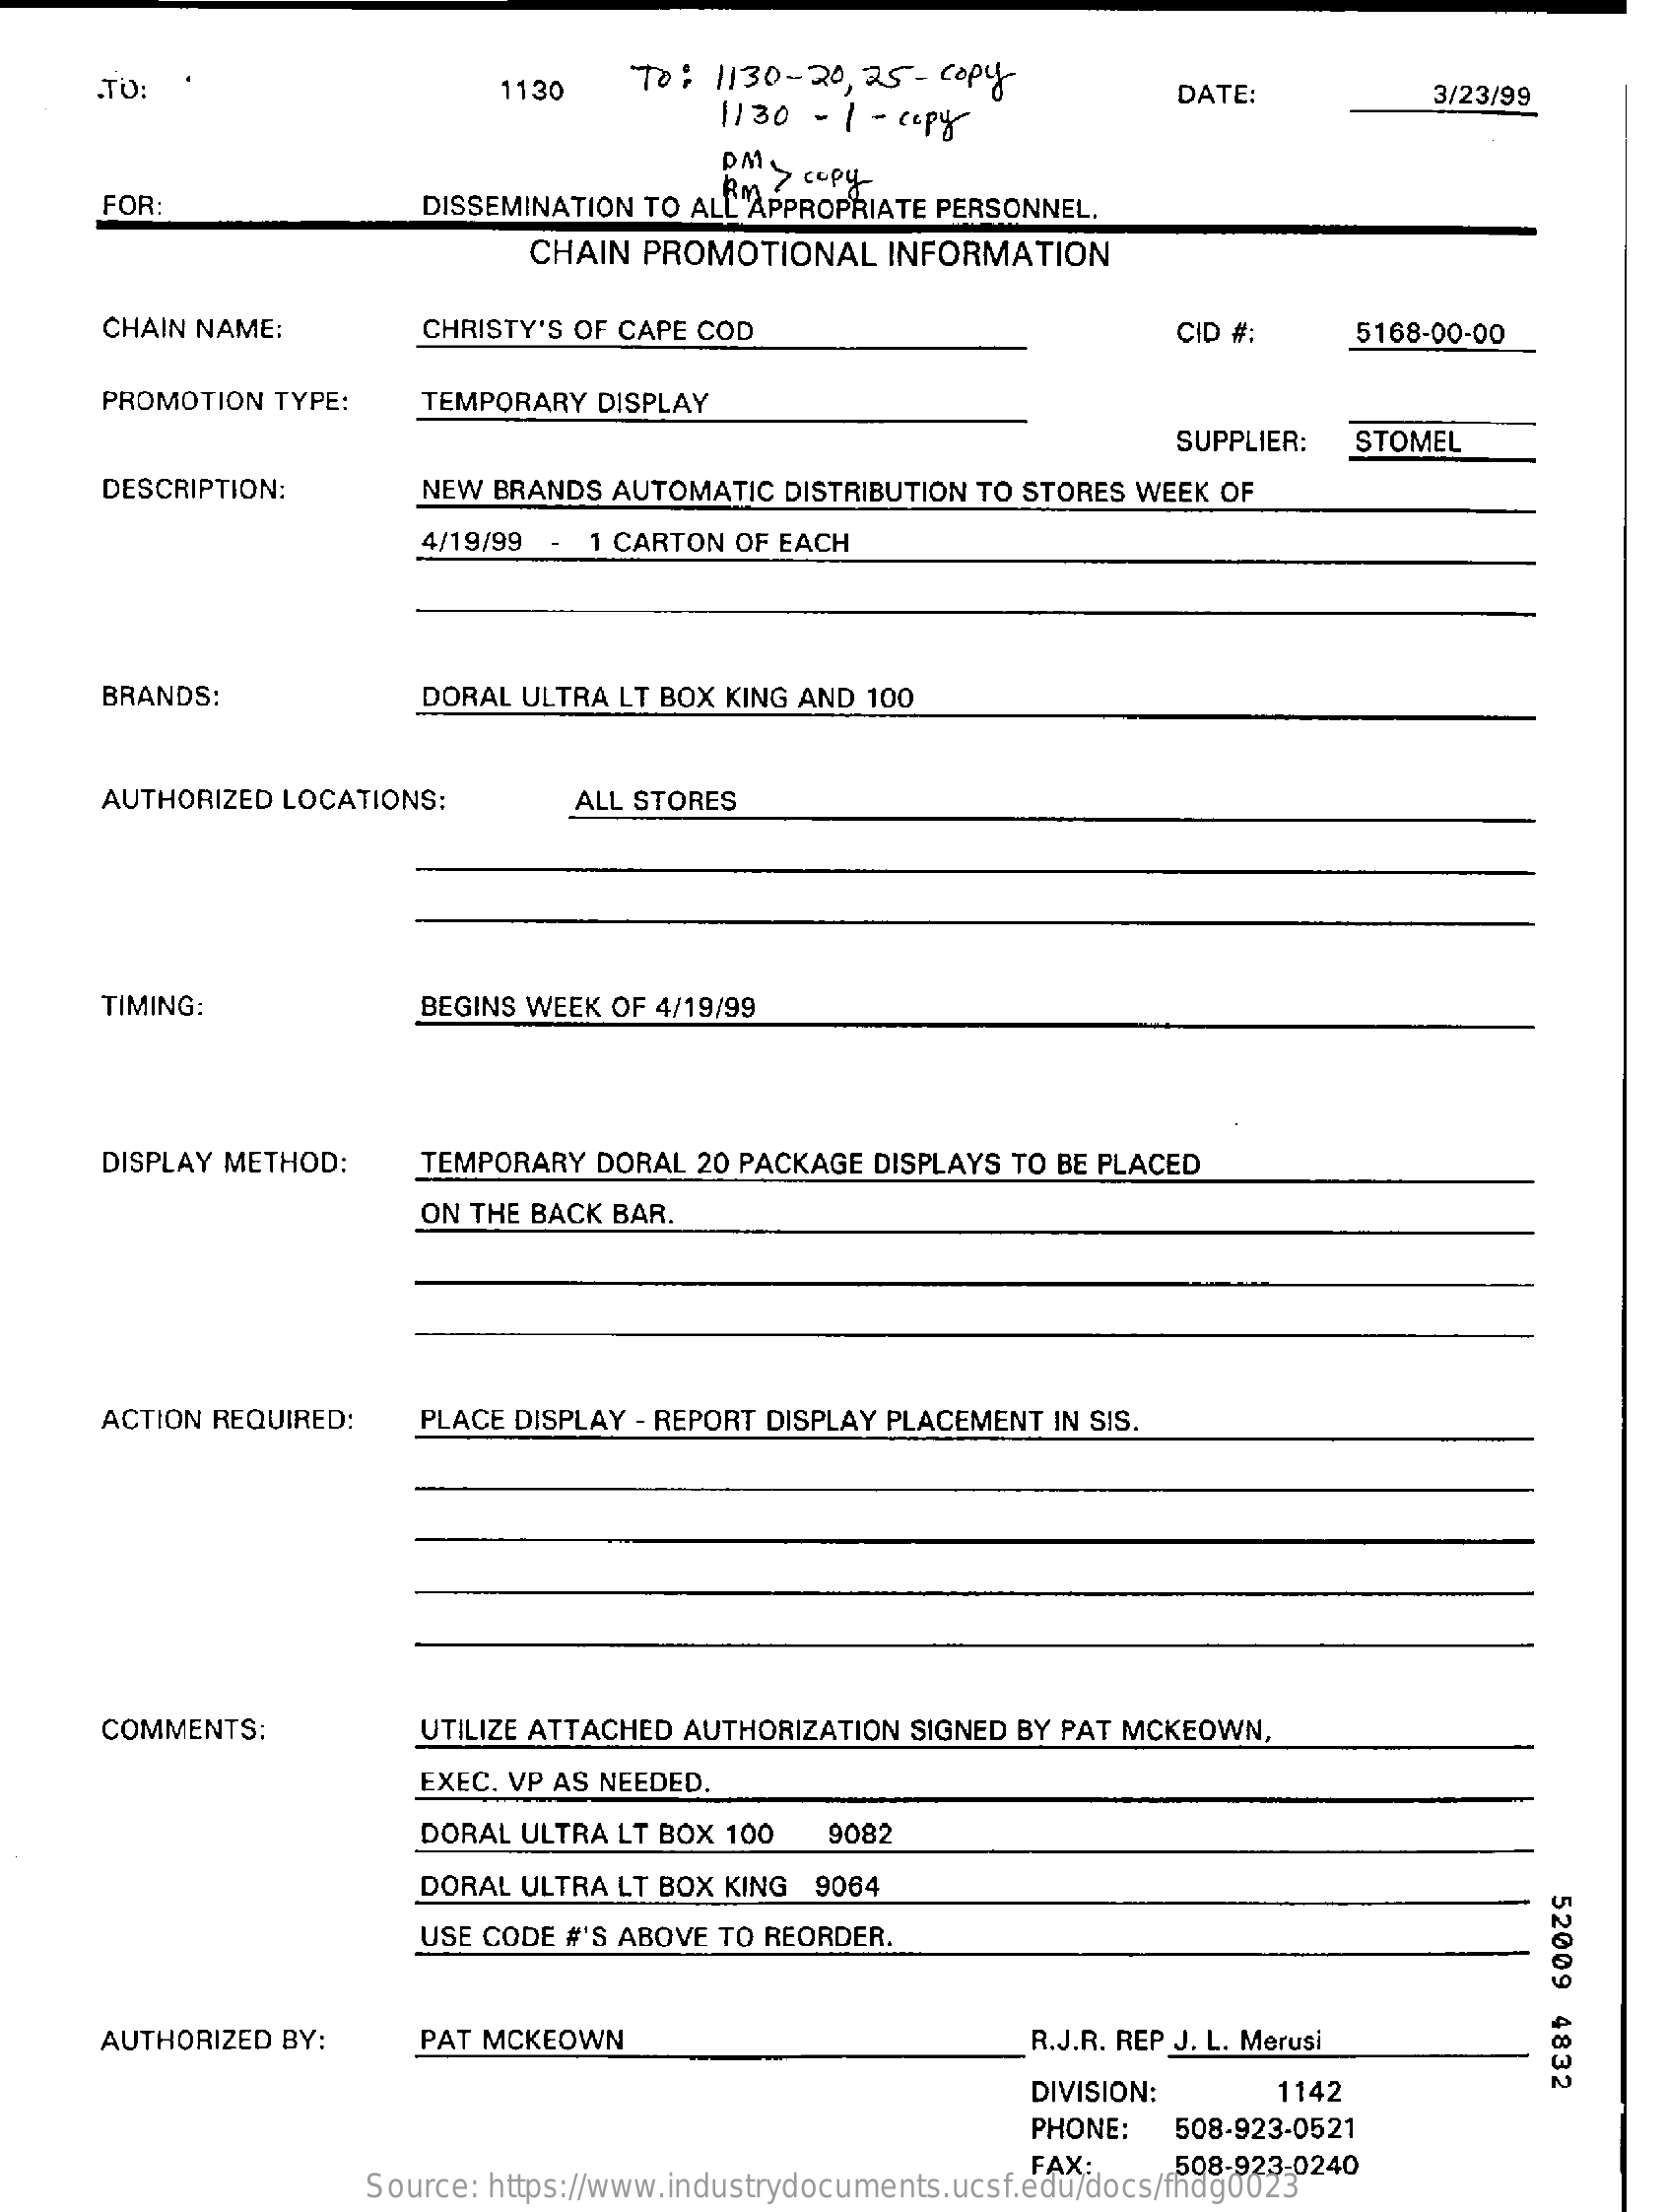
.TO:    1130    TO:  1130-20,  25- copy
     1130 - 1 - cpy
     DATE:    3/23/99
     DAS  Co
     DISSEMINATION TO ALL APPROPRIATE PERSONNEL.
     " ? copy-
     FOR
     CHAIN  PROMOTIONAL    INFORMATION
     CHAIN NAME:    CHRISTY'S OF CAPE COD    CID #:    5168-00-00
     PROMOTION  TYPE:    TEMPORARY  DISPLAY
     SUPPLIER:  STOMEL
     DESCRIPTION:    NEW BRANDS  AUTOMATIC  DISTRIBUTION TO STORES WEEK OF
     4/19/99 - 1 CARTON  OF EACH
     BRANDS:    DORAL ULTRA LT BOX KING AND 100
     AUTHORIZED LOCATIONS:    ALL STORES
     TIMING:    BEGINS WEEK OF 4/19/99
     DISPLAY METHOD:    TEMPORARY  DORAL 20 PACKAGE DISPLAYS TO BE PLACED
     ON THE BACK BAR.
     ACTION REQUIRED:    PLACE DISPLAY - REPORT DISPLAY PLACEMENT IN SIS.
     COMMENTS:    UTILIZE ATTACHED AUTHORIZATION SIGNED BY PAT MCKEOWN,
     EXEC. VP AS NEEDED.
     DORAL ULTRA LT BOX 100    9082
     DORAL ULTRA LT BOX KING  9064
     52009
     4832
     USE CODE #'S ABOVE TO REORDER.
     AUTHORIZED BY:    PAT MCKEOWN    R.J.R. REP J. L. Merusi
     DIVISION:    1142
     PHONE:    508-923-0521
     Source: https://www.industrydocuments.ucsf.edu/docs/fhdg0023
     FAX:    508-923-0240